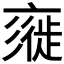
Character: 𢒲